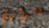
البراري